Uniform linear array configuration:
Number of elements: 12
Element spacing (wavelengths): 0.5
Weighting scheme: hamming
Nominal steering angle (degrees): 45
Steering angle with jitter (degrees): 44.16
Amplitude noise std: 0.05
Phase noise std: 0.05

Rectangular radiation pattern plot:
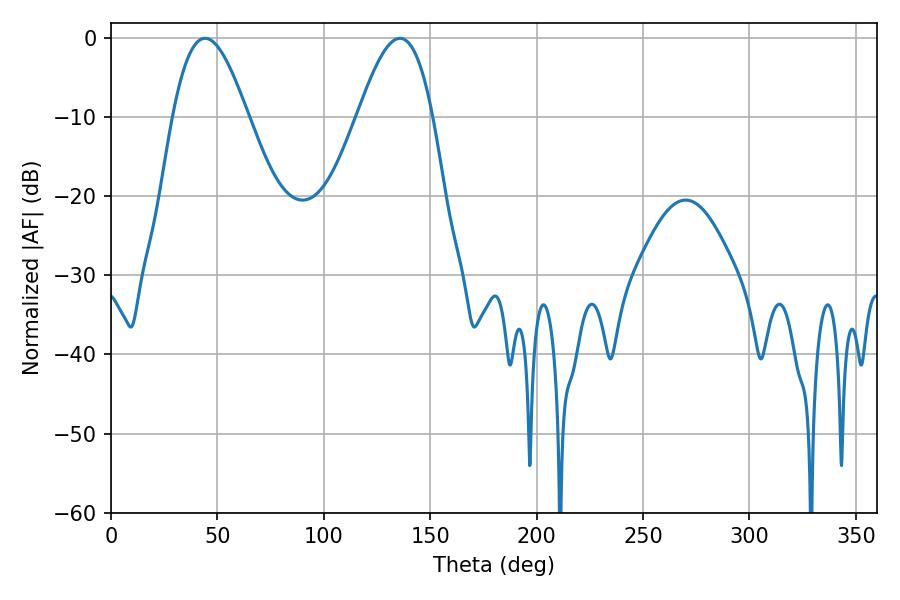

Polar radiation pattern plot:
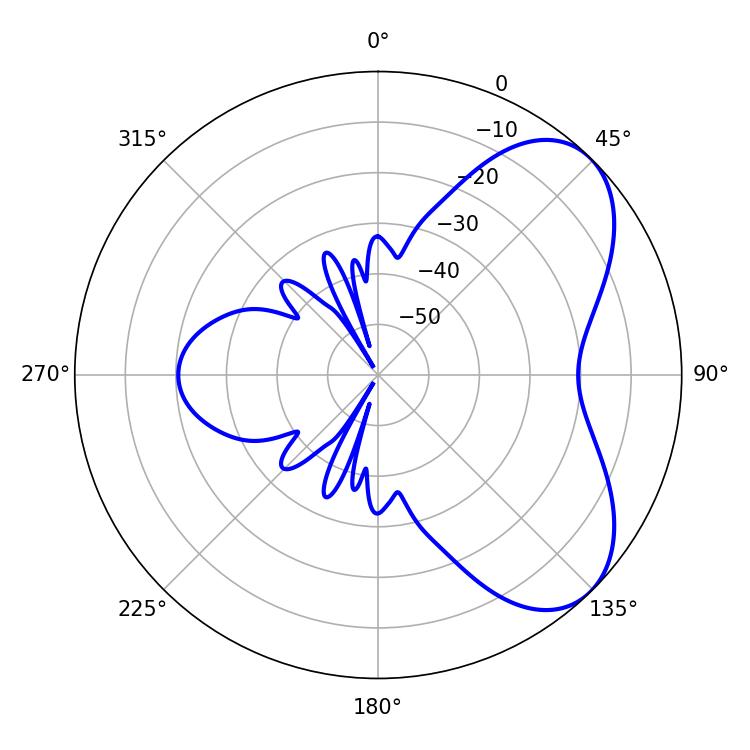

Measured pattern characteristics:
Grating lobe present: FALSE
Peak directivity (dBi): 5.856
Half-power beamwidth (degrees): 19.08
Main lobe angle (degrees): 44.28